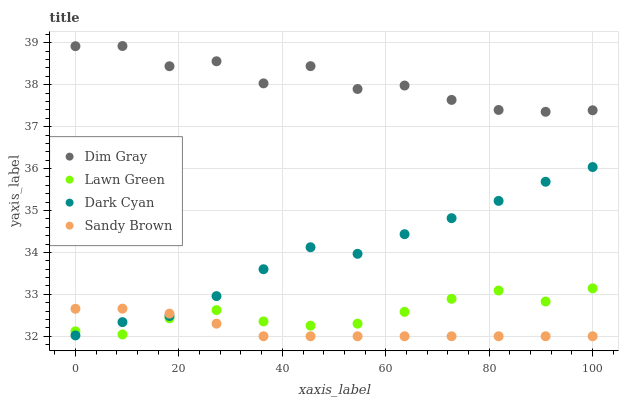
| xaxis_label | Dim Gray | Lawn Green | Dark Cyan | Sandy Brown |
 | --- | --- | --- | --- | --- |
 | 0 | 38.9 | 32.1 | 32 | 32.7 |
 | 9.09 | 38.9 | 32 | 32.3 | 32.7 |
 | 18.2 | 38.4 | 32.4 | 32.5 | 32.5 |
 | 27.3 | 38.6 | 32.6 | 33 | 32.3 |
 | 36.4 | 38 | 32.4 | 33.6 | 32 |
 | 45.5 | 38.4 | 32.3 | 34.1 | 32 |
 | 54.5 | 37.9 | 32.3 | 34 | 32 |
 | 63.6 | 38 | 32.6 | 34.4 | 32 |
 | 72.7 | 37.6 | 32.9 | 34.8 | 32 |
 | 81.8 | 37.4 | 33.1 | 35.2 | 32 |
 | 90.9 | 37.4 | 32.8 | 35.7 | 32 |
 | 100 | 37.4 | 33.1 | 36 | 32 |